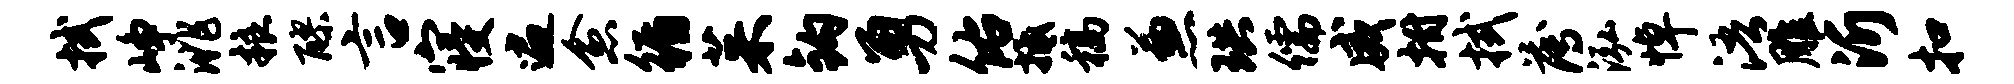
拭峥洮粮醪言寝遍愈循茱钩勇佑抵稿兼珙儒威拊拭薄泓悼浯雕沂扣